system: You are a helpful assistant.
user:
Analyze the provided spectrum to determine if it is a **White Dwarf (WD)**.

A White Dwarf spectrum is defined by its **extreme purity** (due to gravitational settling) and/or **extreme pressure broadening** (due to high surface gravity). You must check for one of the following mutually exclusive signatures:

- **Key Visual Indicators (Check for ONE of these types):**

    - **1. DA-Type Signature (Most Common):**
        - **(Primary Feature):** Extreme pressure broadening (Stark broadening) of the **Hydrogen (H) Balmer lines**.
        - **(Key Lines):** $H\beta$ (approx. $4861$ Å) and $H\gamma$ (approx. $4340$ Å). $H\alpha$ (approx. $6563$ Å) will also be present if the wavelength range covers it.
        - **(Line Profile):** This is the **defining feature**. The lines are **NOT** sharp. They appear as massive, **extremely broad and deep "troughs" or "dips"** in the spectrum, often hundreds of Ångströms wide. The continuum will appear to "scoop" down at these wavelengths.
        - **(Distinction):** Normal A-type or B-type stars have *narrow* and *sharp* Hydrogen lines. A DA White Dwarf's lines are unmistakably "smeared" or "blurry" from pressure.

    - **2. DB-Type Signature:**
        - **(Primary Feature):** Broad absorption lines from **Neutral Helium (He I)**. The spectrum must lack any visible Hydrogen lines.
        - **(Key Lines):** Look for broad absorption near $4471$ Å, $4921$ Å, and $5876$ Å.
        - **(Line Profile):** These lines are also significantly pressure-broadened, appearing much wider than they would in a normal B-type main-sequence star.

    - **3. DC-Type Signature:**
        - **(Primary Feature):** A **featureless continuous spectrum**.
        - **(Line Profile):** The spectrum is a smooth curve with **no significant absorption or emission lines**.
        - **(Key Confirmation):** The continuum is almost always **blue or white**, indicating a hot object. This signature implies the atmosphere is so pure (or so cool) that no spectral lines are visible in the optical range. Its WD identity is confirmed by its extremely low intrinsic brightness (high absolute magnitude).

    - **4. DZ-Type Signature (Metal-Polluted):**
        - **(Primary Feature):** **Isolated, narrow metal absorption lines** on an otherwise featureless (DC-like) continuum.
        - **(Key Lines):** The **Calcium (Ca II) H & K doublet** (approx. **$3934$ Å** and **$3968$ Å**) is the most common and defining feature.
        - **(Line Profile):** These lines are "out of place." They are *not* part of a "forest" of thousands of lines. This signature is evidence of recent *accretion* (pollution) from rocky debris.
        - **(Distinction):** Normal G/K/M stars have a *dense forest* of thousands of metal lines. A DZ has a *clean* continuum with *only a few* strong metal lines.

    - **5. DQ-Type Signature (Carbon-Polluted):**
        - **(Primary Feature):** Absorption bands from **Carbon (C₂ "Swan Bands" or atomic C I)**.
        - **(Key Lines - C₂):** Look for bandheads with a "saw-tooth" shape near $5635$ Å, **$5165$ Å** (strongest), and $4737$ Å.
        - **(Key Confirmation):** The underlying **continuum must be blue or white** (hot).
        - **(Distinction):** This is the critical difference from a **Carbon Star**, which has the *exact same* C₂ bands but on an extremely **red, cool** continuum.

- **(Overall Spectrum):**
    - The continuum (overall shape) is typically **blue-sloping** (brighter in the blue than the red), as most white dwarfs are very hot.
    - The spectrum will look "pure" or "simple," dominated by only *one* of the five signatures listed above.

Think first, call **spectral_visualization_tool** if needed to examine features in detail, then provide your final answer. Your response must adhere to the following strict rules:
1.  **Overall Structure:** Your response must follow the format `<think>...</think> <tool_call>...</tool_call> (if a tool is used) <answer>...</answer>`.
2.  **Tool Usage Constraint:** You may only make **one** tool call per turn.
3.  **Final Answer Format:** In the `<answer>` tag, your conclusion must be inside a `\boxed{}` command (e.g., `\boxed{YES}` or `\boxed{NO}`), followed by your justification.

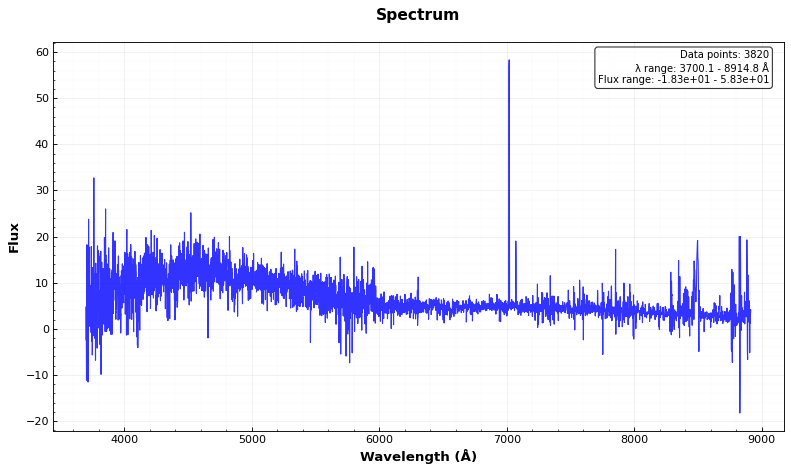
Answer: NO